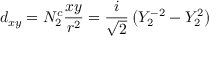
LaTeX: d _ { x y } = N _ { 2 } ^ { c } { \frac { x y } { r ^ { 2 } } } = { \frac { i } { \sqrt { 2 } } } \left( Y _ { 2 } ^ { - 2 } - Y _ { 2 } ^ { 2 } \right)